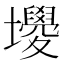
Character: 𡓻